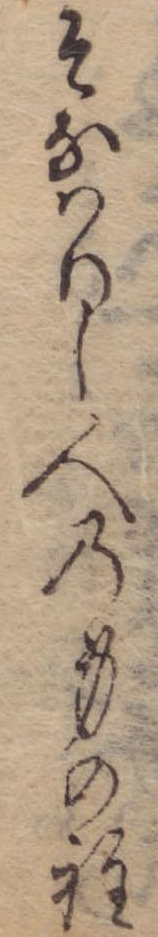
そなはりし人の身の程